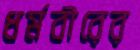
ধর্মবীরের